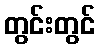
တွင်းတွင်